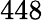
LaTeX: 448